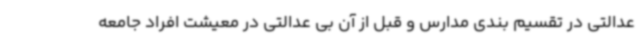
عدالتی در تقسیم بندی مدارس و قبل از آن بی عدالتی در معیشت افراد جامعه